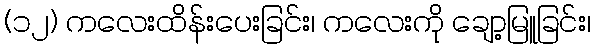
(၁၂) ကလေးထိန်းပေးခြင်း၊ ကလေးကို ချော့မြူခြင်း၊